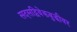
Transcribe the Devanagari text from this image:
सदसद्विवेकबुद्धीवर